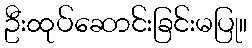
ဦးထုပ်ဆောင်းခြင်းမပြု။